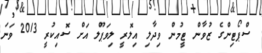
ސްޕޯޓިންގެ ޒުވާން ޓީމުން ވިދާލި އިލޮރީ ލިވަޕޫލް އަށް ސޮއިކުރީ 2013 ވަނަ